65_HS1-834228961_62-HQ-83894_Section_9
Agency: FBI
Page 176
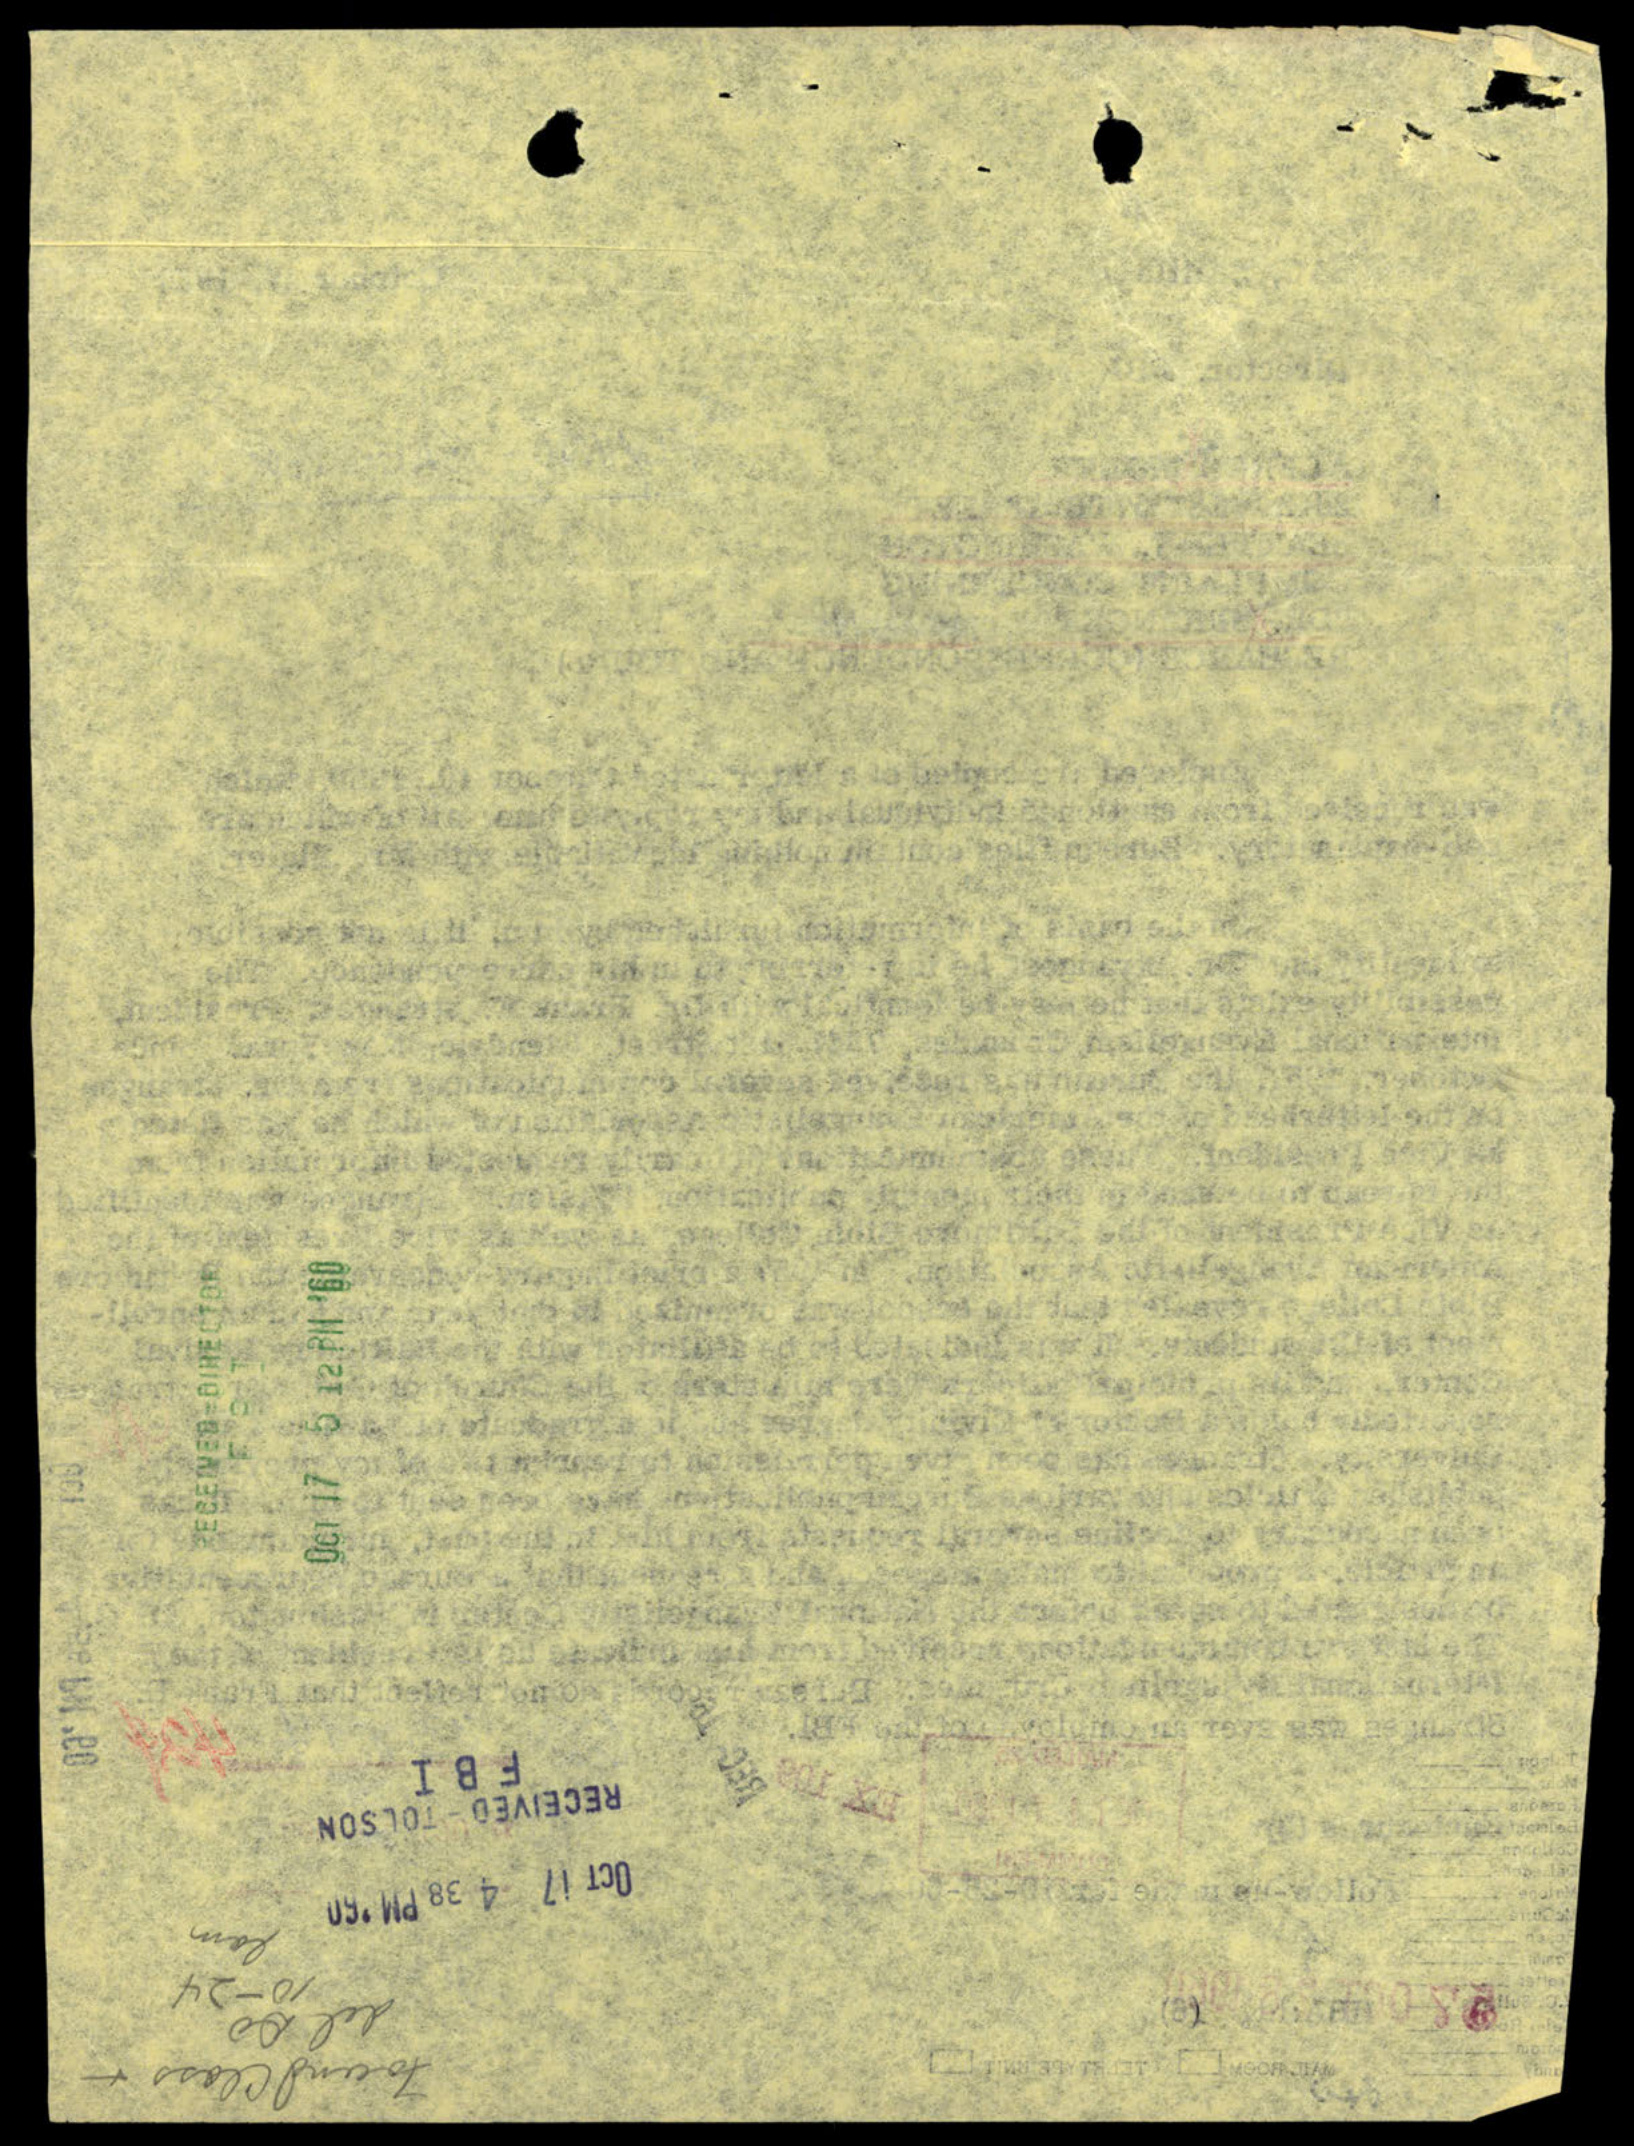